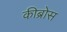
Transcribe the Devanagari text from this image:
कीब्रोस